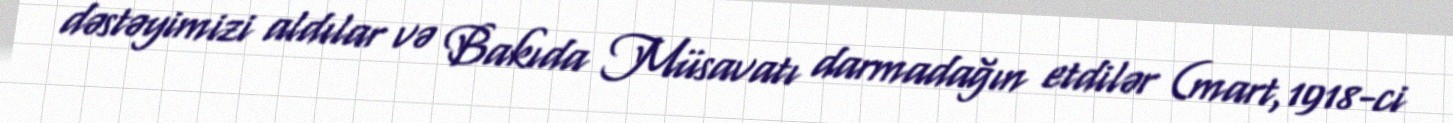
dəstəyimizi aldılar və Bakıda Müsavatı darmadağın etdilər (mart,1918-ci